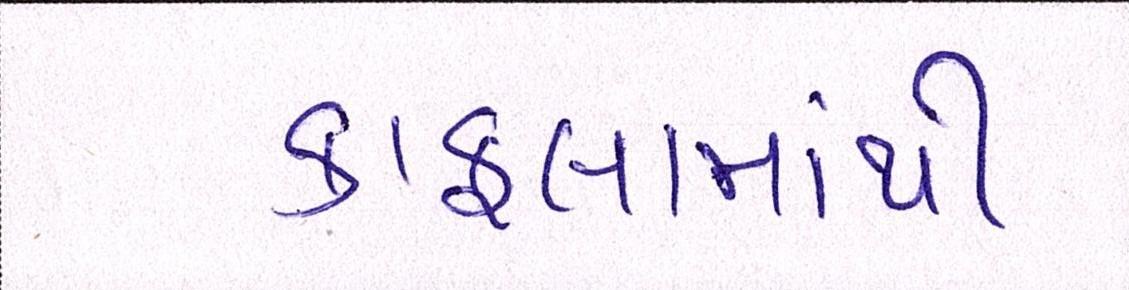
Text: કાફલામાંથી